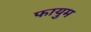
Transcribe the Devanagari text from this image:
फायुम